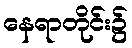
နေရာတိုင်း၌